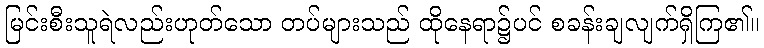
မြင်းစီးသူရဲလည်းဟုတ်သော တပ်များသည် ထိုနေရာ၌ပင် စခန်းချလျက်ရှိကြ၏။